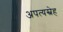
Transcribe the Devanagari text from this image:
अपत्यस्नेह